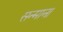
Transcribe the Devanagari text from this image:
सन्माना